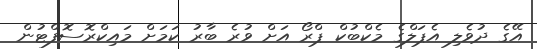
އޭގެ ދުވެލި އެޕަލްގެ މެކްބުކް ޕްރޯ އަށް ވުރެ ބާރު ކަމަށް މައިކްރޮސޮފްޓުން